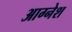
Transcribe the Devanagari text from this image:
आग्नेश